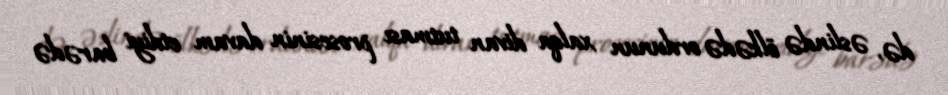
də, əslində ölkədə ordunun xalqa divan tutması prosesinin davam etdiyi barədə